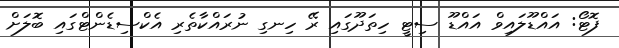
ފޮޓޯ: އައްޑޫލައިވް އައްޑޫ ސިޓީ ހިތަދޫގައި ރޭ ހިނގި ނުރައްކާތެރި އެކްސިޑެންޓްގައި ބޮލަށް